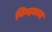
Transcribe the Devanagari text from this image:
निन्दकाय